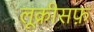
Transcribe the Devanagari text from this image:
लूक्रीसफ़